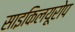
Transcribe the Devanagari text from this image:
साइकिलयूरोप